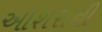
આશરાની